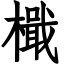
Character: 檝